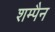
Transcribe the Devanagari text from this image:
शम्पैन